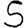
Digit: 5